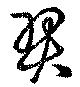
羿